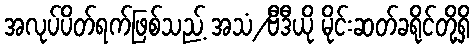
အလုပ်ပိတ်ရက်ဖြစ်သည့် အသံ/ဗီဒီယို မိုင်းဆတ်ခရိုင်တို့ရှိ